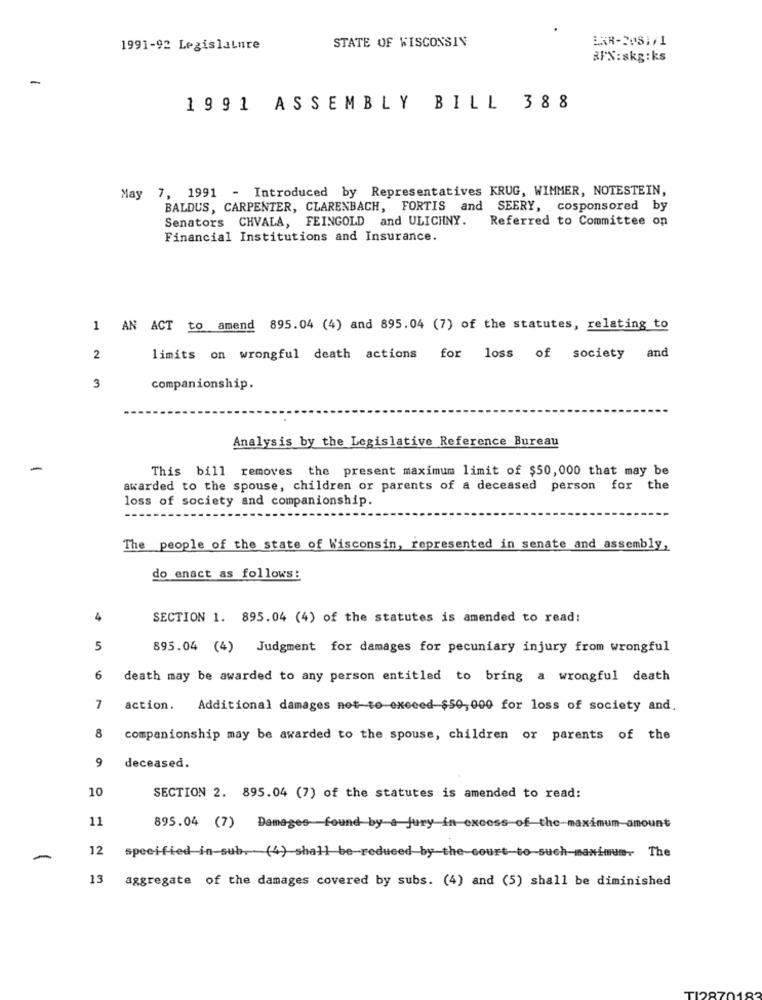
STATE OF WISCONSIN
1991-92 Legislature
RFN:skg:ks
1991 ASSEMBLY BILL 388
May 7, 1991 - Introduced by Representatives KRUG, WIMMER, NOTESTEIN,
BALDUS, CARPENTER, CLARENBACH, FORTIS and SEERY, cosponsored by
Senators CHVALA, FEINGOLD and ULICHNY.
Referred to Committee on
Financial Institutions and Insurance.
1 AN ACT to amend
895.04 (4) and 895.04 (7) of the statutes, relating to
2
limits on wrongful death actions for loss of society and
3
companionship.
Analysis by the Legislative Reference Bureau
-
This bill removes the present maximum limit of $50, 000 that may be
awarded to the spouse, children or parents of a deceased person for the
loss of society and companionship.
The people of the state of Wisconsin, represented in senate and assembly,
do enact as follows:
4
SECTION 1. 895.04 (4) of the statutes is amended to read:
5
895.04 (4) Judgment for damages for pecuniary injury from wrongful
6
death may be awarded to any person entitled to bring a wrongful death
7
action. Additional damages net-to exceed $50,000 for loss of society and.
8
companionship may be awarded to the spouse, children or parents of the
9
deceased.
10
SECTION 2. 895.04 (7) of the statutes is amended to read:
11
895.04 (7) Damages found by-a jury in excess-of-the-maximum amount
12
specified in sub. (4) shall be reduced by the court-to-such maximum. The
-
13
aggregate of the damages covered by subs. (4) and (5) shall be diminished